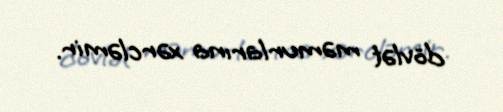
dövlət məmurlarına xərcləmir.